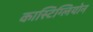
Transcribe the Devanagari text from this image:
कास्टिग्लियोन